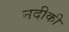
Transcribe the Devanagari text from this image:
नदीकी